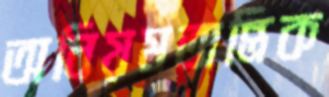
অনিয়মতান্ত্রিক